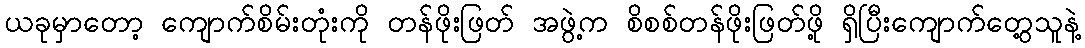
ယခုမှာတော့ ကျောက်စိမ်းတုံးကို တန်ဖိုးဖြတ် အဖွဲ့က စိစစ်တန်ဖိုးဖြတ်ဖို့ ရှိပြီးကျောက်တွေ့သူနဲ့